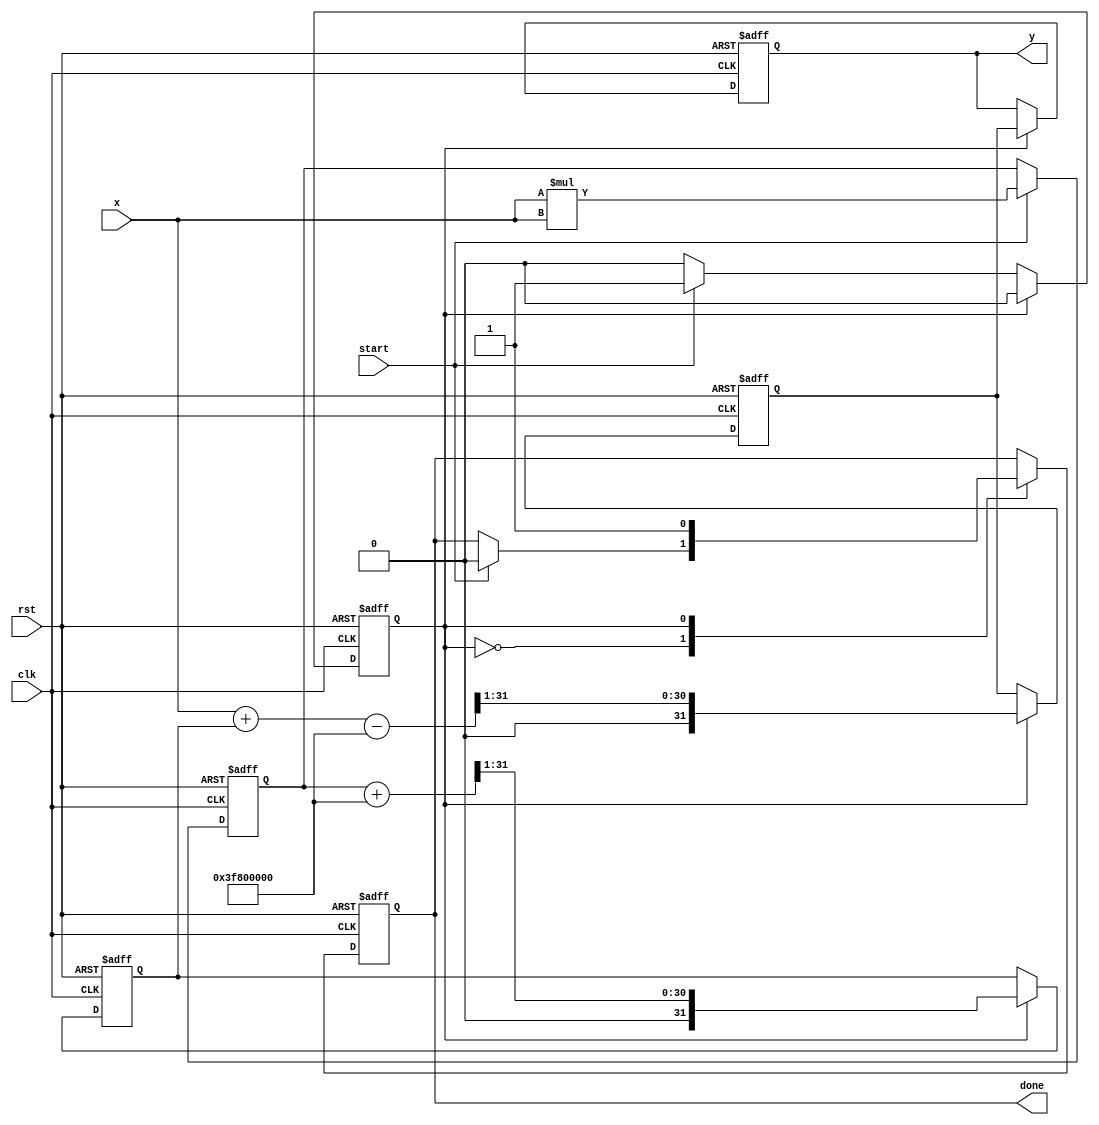
module asinh (
    input wire signed [31:0] x, // Input: Fixed-point representation of x
    output reg signed [31:0] y,  // Output: Fixed-point representation of asinh(x)
    input wire clk,
    input wire rst,
    input wire start,
    output reg done
);

    // Internal signal declarations
    reg signed [31:0] x_sq;        // x^2
    reg signed [31:0] sqrt_x_sq_1; // sqrt(x^2 + 1)
    reg signed [31:0] log_input;   // Input to the logarithm
    reg signed [31:0] log_output;   // Output of the logarithm
    reg state;                     // State variable for FSM

    // Constants
    parameter A = 32'h3F800000; // 1.0 in fixed-point representation (assuming 32-bit float)

    // FSM States
    localparam IDLE = 1'b0;
    localparam COMPUTE = 1'b1;

    // Square calculation
    always @(posedge clk or posedge rst) begin
        if (rst) begin
            x_sq <= 0;
        end else if (start) begin
            x_sq <= x * x; // Compute x^2
        end
    end

    // Square root calculation (simple approximation for demonstration)
    always @(posedge clk or posedge rst) begin
        if (rst) begin
            sqrt_x_sq_1 <= 0;
        end else if (state == COMPUTE) begin
            sqrt_x_sq_1 <= sqrt(x_sq + A); // Compute sqrt(x^2 + 1)
        end
    end

    // Logarithm calculation (simple approximation for demonstration)
    always @(posedge clk or posedge rst) begin
        if (rst) begin
            log_output <= 0;
        end else if (state == COMPUTE) begin
            log_output <= ln(x + sqrt_x_sq_1); // Compute ln(x + sqrt(x^2 + 1))
        end
    end

    // Control Logic
    always @(posedge clk or posedge rst) begin
        if (rst) begin
            state <= IDLE;
            done <= 0;
            y <= 0;
        end else begin
            case (state)
                IDLE: begin
                    if (start) begin
                        state <= COMPUTE;
                        done <= 0;
                    end
                end
                COMPUTE: begin
                    y <= log_output; // Set output
                    done <= 1;       // Indicate completion
                    state <= IDLE;   // Go back to IDLE
                end
            endcase
        end
    end

    // Function to compute square root (simple approximation)
    function signed [31:0] sqrt(input signed [31:0] value);
        begin
            sqrt = value >> 1; // Simplified square root (for demo purposes)
        end
    endfunction

    // Function to compute natural logarithm (simple approximation)
    function signed [31:0] ln(input signed [31:0] value);
        begin
            ln = (value - A) >> 1; // Simplified logarithm (for demo purposes)
        end
    endfunction

endmodule